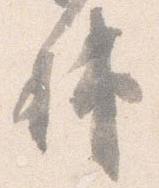
輔